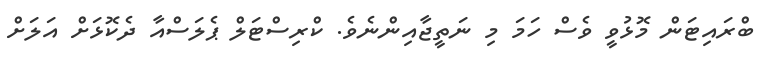
ބްރައިޓަން މޮޅުވީ ވެސް ހަމަ މި ނަތީޖާއިންނެވެ. ކްރިސްޓަލް ޕެލަސްއާ ދެކޮޅަށް އަލަށް